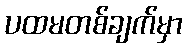
ပထမတစ်ချက်မှာ